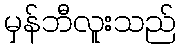
မှန်ဘီလူးသည်